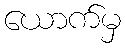
ယောက်မှ